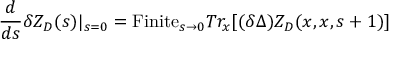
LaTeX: { \frac { d } { d s } } \delta Z _ { D } ( s ) | _ { s = 0 } = \mathrm { F i n i t e } _ { s \to 0 } T r _ { x } [ ( \delta \Delta ) Z _ { D } ( x , x , s + 1 ) ]